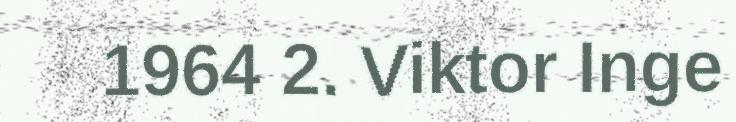
1964 2. Viktor Inge